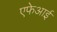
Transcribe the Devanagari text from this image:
एफेआई